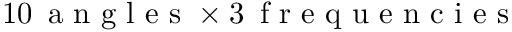
1 0 \, \mathrm { ~ a ~ n ~ g ~ l ~ e ~ s ~ } \times 3 \, \mathrm { ~ f ~ r ~ e ~ q ~ u ~ e ~ n ~ c ~ i ~ e ~ s ~ }